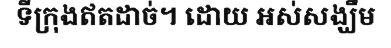
ទីក្រុងឥតដាច់។ ដោយ អស់សង្ឃឹម